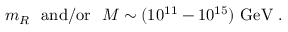
m _ { R } ~ ~ \mathrm { a n d / o r } ~ ~ M \sim ( 1 0 ^ { 1 1 } - 1 0 ^ { 1 5 } ) ~ \mathrm { G e V } ~ .